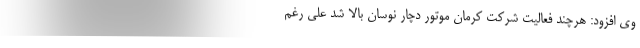
وی افزود: هرچند فعالیت شرکت کرمان موتور دچار نوسان بالا شد علی رغم